Vaccination in Bombay 1869-1873 - 1869-1873
Year: 1869
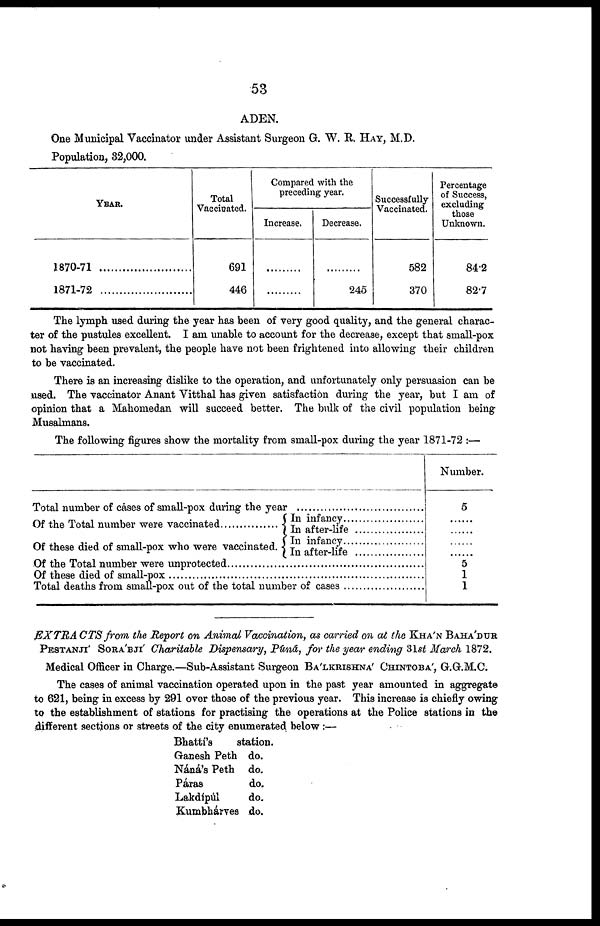
53
ADEN.
One Municipal Vaccinator under Assistant Surgeon G. W. R. HAY, M.D.
Population, 32,000.
YEAR.
1870-71
1871-72
Total
Vaccinated.
691
446
Compared with the
preceding year.
Increase.
......
......
Decrease.
......
245
Successfully
Vaccinated.
582
370
Percentage
of Success,
excluding
those
Unknown.
84.2
82.7
The lymph used during the year has been of very good quality, and the general charac-
ter of the pustules excellent. I am unable to account for the decrease, except that small-pox
not having been prevalent, the people have not been frightened into allowing their children
to be vaccinated.
There is an increasing dislike to the operation, and unfortunately only persuasion can be
used. The vaccinator Anant Vitthal has given satisfaction during the year, but I am of
opinion that a Mahomedan will succeed better. The bulk of the civil population being
Musalmans.
The following figures show the mortality from small-pox during the year 1871-72 :—
Total number of cases of small-pox during the year........
Of the Total number were vaccinated.........
Of these died of small-pox who were vaccinated.
In infancy........
In after-life......
In infancy.......
In after-life.....
Of the Total number were unprotected...............................
Of these died of small-pox..................................................
Total deaths from small-pox out of the total number of cases.......
Number.
5
......
......
......
......
5
1
1
EXTRACTS from the Report on Animal Vaccination, as carried on at the KHA'N BAHA'DUR
PESTANJI' SORA'BJI' Charitable Dispensary, Púná, for the year ending 3lst March 1872.
Medical Officer in Charge.—Sub-Assistant Surgeon BA'LKRISHNA' CHINTOBA', G.G.M.C.
The cases of animal vaccination operated upon in the past year amounted in aggregate
to 621, being in excess by 291 over those of the previous year. This increase is chiefly owing
to the establishment of stations for practising the operations at the Police stations in the
different sections or streets of the city enumerated below :—
Bhatti's
Ganesh Peth
Náná's Peth
Paras
Lakdípúl
Kumbhárves
station.
do.
do.
do.
do.
do.